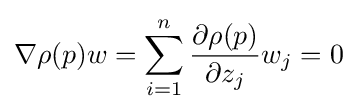
\nabla \rho (p)w=\sum _{i=1}^{n}{\frac {\partial \rho (p)}{\partial z_{j}}}w_{j}=0